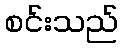
စင်းသည်